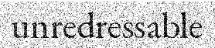
unredressable